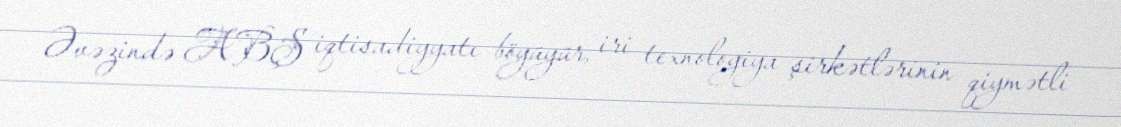
Əvəzində ABŞ iqtisadiyyatı böyüyür, iri texnologiya şirkətlərinin qiymətli